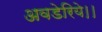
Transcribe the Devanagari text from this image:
अवडेरिये।।